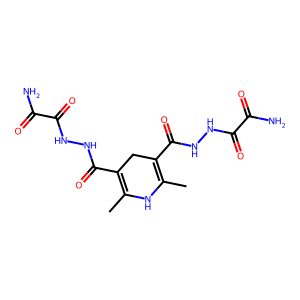
SMILES: CC1=C(C(=O)NNC(=O)C(N)=O)CC(C(=O)NNC(=O)C(N)=O)=C(C)N1
Inhibits HIV replication: No